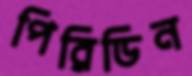
পিরিডিন